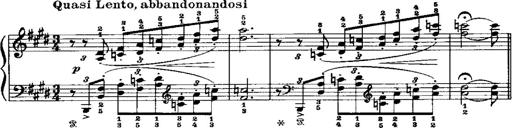
Title: LiebestrÃ¤ume
Composer: Franz Behr
Key: E-flat major